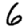
Digit: 6